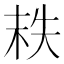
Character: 𡘮